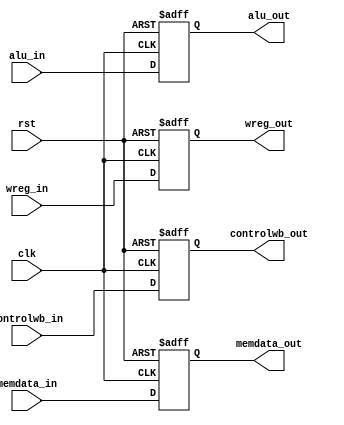
`timescale 1ns / 1ps
//////////////////////////////////////////////////////////////////////////////////
// Company: 
// Engineer: 
// 
// Design Name: 
// Module Name:    mem_wb 
// Project Name: 
// Target Devices: 
// Tool versions: 
// Description: 
//
// Dependencies: 
//
// Revision: 
// Revision 0.01 - File Created
// Additional Comments: 
//
//////////////////////////////////////////////////////////////////////////////////
module mem_wb(
    input clk,
	 input rst,
    input controlwb_in,
    input [15:0] memdata_in,
    input [15:0] alu_in,
	 input [3:0] wreg_in,
    output reg controlwb_out,
    output reg [15:0] memdata_out,
    output reg [15:0] alu_out,
    output reg [3:0] wreg_out
    );

always @ (negedge rst or negedge clk) begin
if (rst == 0) begin
	wreg_out <= 4'b1111;
	controlwb_out <= 1;
	memdata_out <= 16'b0000000000000000;
	alu_out <= 16'b0000000000000000;
end
else begin 
	controlwb_out <= controlwb_in;
	memdata_out <= memdata_in;
	alu_out <= alu_in;
	wreg_out <= wreg_in;
	end
end

endmodule